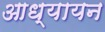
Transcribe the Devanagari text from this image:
आध्यायन